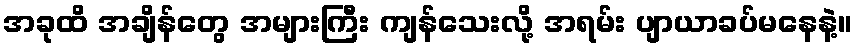
အခုထိ အချိန်တွေ အများကြီး ကျန်သေးလို့ အရမ်း ပျာယာခပ်မနေနဲ့။